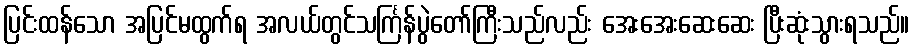
ပြင်းထန်သော အပြင်မထွက်ရ အလယ်တွင်သင်္ကြန်ပွဲတော်ကြီးသည်လည်း အေးအေးဆေးဆေး ပြီးဆုံးသွားရသည်။